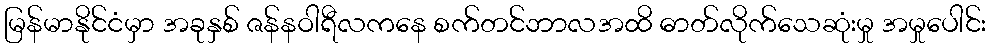
မြန်မာနိုင်ငံမှာ အခုနှစ် ဇန်နဝါရီလကနေ စက်တင်ဘာလအထိ ဓာတ်လိုက်သေဆုံးမှု အမှုပေါင်း